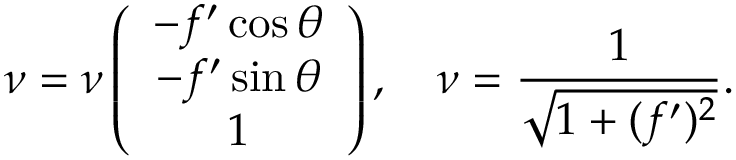
\boldsymbol { \nu } = \nu \left( \begin{array} { c } { - f ^ { \prime } \cos { \theta } } \\ { - f ^ { \prime } \sin { \theta } } \\ { 1 } \end{array} \right) , \quad \nu = \displaystyle \frac { 1 } { \sqrt { 1 + ( f ^ { \prime } ) ^ { 2 } } } .